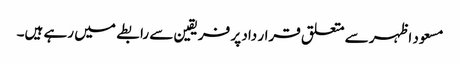
مسعود اظہر سے متعلق قرار داد پر فریقین سے رابطے میں رہے ہیں۔